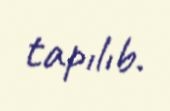
tapılıb.